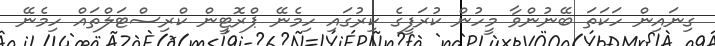
ގިނައިން ހަކަަތަ ބޭނުންވާ މީހުން ކުރަފީގެ ކިރުގައި ހިމެނޭ ޕްރޮޓީން ކްރިސްޓަލްތައް ހިމެނޭ